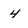
Character: 4